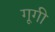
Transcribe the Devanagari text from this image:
गूगी